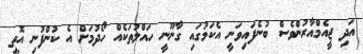
އަދި ޖީއެމްއާރުންވެސް ބުނެފައިވަނީ އެކަމުގައި ގާނޫނީ ހައްލުތަކެއް ހޯދުމަށް އެ ކުންފުނި އޮތީ